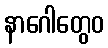
နာဂေါတွေဝ